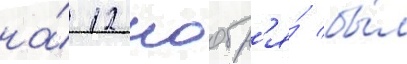
на́ 12 ноабр'я́ бы́л